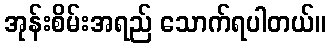
အုန်းစိမ်းအရည် သောက်ရပါတယ်။